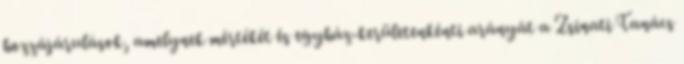
hozzájárulások, amelynek mértékét és egyház-kerületenkénti arányát a Zsinati Tanács